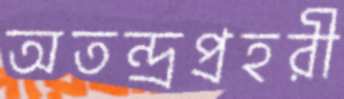
অতন্দ্রপ্রহরী